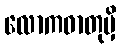
လောကဓာတုမှိ